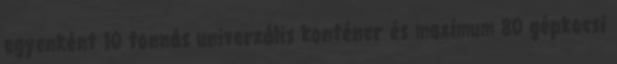
egyenként 10 tonnás univerzális konténer és maximum 80 gépkocsi